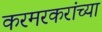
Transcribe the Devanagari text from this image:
करमरकरांच्या